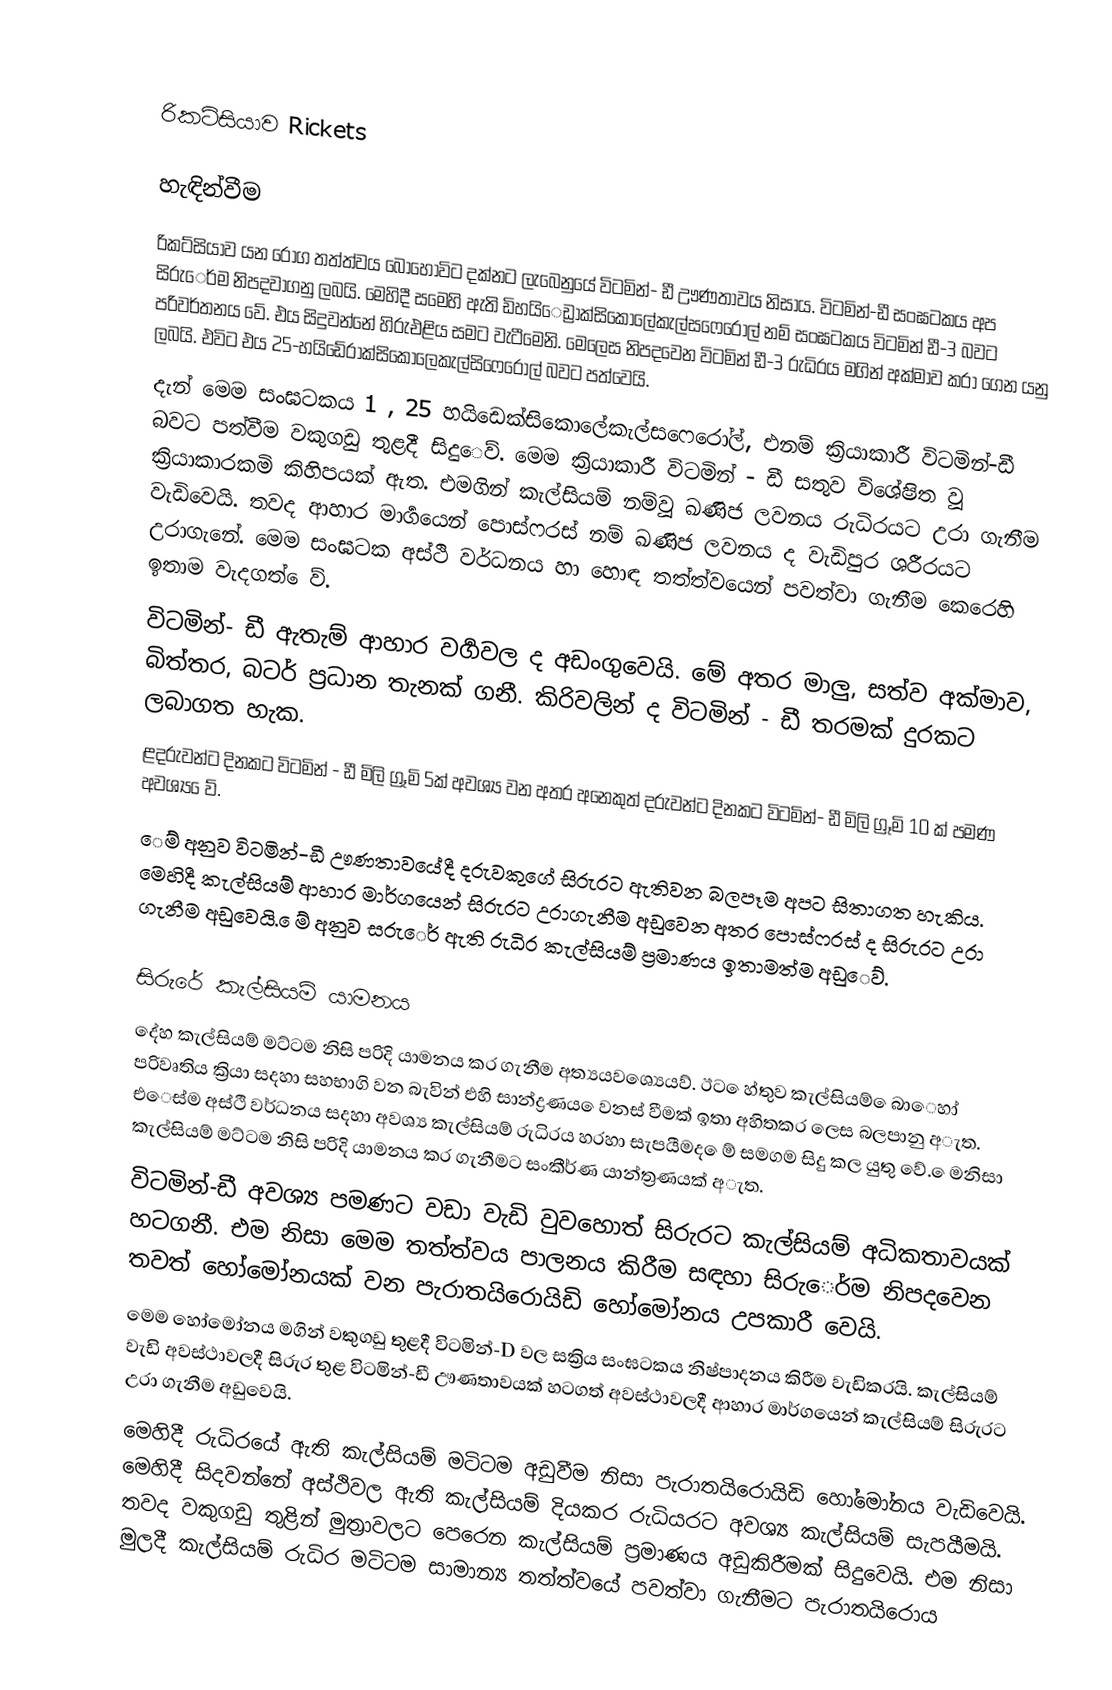

රිකටිසියාව Rickets

හැඳින්වීම
රිකට්සියාව යන රෝග තත්ත්වය බොහෝවිට දක්නට ලැබෙනුයේ විටමින්- ඩී ඌණතාවය නිසාය. විටමින්-ඩී සංඝටකය අප සිරු‍ෙර්ම නිපදවාගනු ලබයි. මෙහිදී සමෙහි ඇති ඩිහයි‍ෙඩ්‍රාක්සි‍කොලේකැල්සෆෙරෝල් නම් සංඝටකය විටමින් ඩී-3 බවට පරිවර්තනය වේ.  එය සිදුවන්නේ හිරුඑළිය සමට වැටීමෙනි.  මෙලෙස නිපදවෙන විටමින් ඩී-3 රුධිරය මගින් අක්මාව කරා ගෙන යනු ලබයි.  එවිට එය 25-හයිඩේ‍රාක්සිකොලෙකැල්සිෆෙරොල් බවට පත්වෙයි.
දැන් මෙම සංඝටකය 1 , 25 හයිඩෙක්සිකොලේකැල්සෆෙරෝල්, එනම් ක්‍රියාකාරී විටමින්-ඩී බවට පත්වීම වකුගඩු තුළදී සිදු‍ෙව්. මෙම ක්‍රියාකාරී විටමින් - ඩී සතුව විශේෂිත වූ ක්‍රියාකාරකමි කිහිපයක් ඇත. එමගින් කැල්සියම් නම්වූ ඛණිජ ලවනය රුධිරයට උරා ගැනීම වැඩිවෙයි.  තවද ආහාර මාර්‍ගයෙන් පොස්ෆරස් නම් ඛණිජ ලවනය ද වැඩිපුර ශරීරයට උරාගැනේ. මෙම සංඝටක අස්ථි වර්ධනය හා හොඳ තත්ත්වයෙන් පවත්වා ගැනීම කෙරෙහි ඉතාම වැදගත් ‍ෙව්.
විටමින්- ඩී ඇතැම් ආහාර වර්‍ගවල ද අඩංගුවෙයි.  ‍මේ අතර මාලු, සත්ව අක්මාව, බිත්තර, බටර් ප්‍රධාන තැනක් ගනී.   කිරිවලින් ද විටමින් - ඩී තරමක් දුරකට ලබාගත හැක.
ළදරුවන්ට දිනකට විටමින් - ඩී මිලි ග්‍රූමි 5ක් අවශ්‍ය වන අතර අනෙකුත්  දරුවන්ට දිනකට විටමින්- ඩී මිලි ග්‍රූමි 10 ක් පමණ අවශ්‍ය ‍ෙව්.
ෙම්‍ අනුව විටමින්-ඩී ඌණතාවයේදී දරුවකුගේ සිරුරට ඇතිවන බලපෑම අපට සිතාගත හැකිය.  මෙහිදී කැල්සියම් ආහාර මාර්ගයෙන් සිරුරට උරාගැනීම අඩුවෙන අතර පොස්ෆරස් ද සිරුරට උරා ගැනීම  අඩුවෙයි.  ‍ෙම් අනුව සරු‍ෙර් ඇති රුධිර කැල්සියම් ප්‍රමාණය ඉතාමත්ම අඩු‍ෙව්.

සිරුරේ කැල්සියම් යාමනය
දේහ කැල්සියම් මට්ටම නිසි පරිදි යාමනය කර ගැනීම අත්‍යයවශ්‍යෙයව්. ඊට ෙහ්තුව කැල්සියම් ෙබාෙහා් පරිවෘතිය ක්‍රියා සදහා සහභාගි වන බැවින් එහි සාන්ද්‍රණය ෙවනස් වීමක් ඉතා අහිතකර ලෙස බලපානු අැත. එෙස්ම අස්ථි වර්ධනය සදහා අවශ්‍ය කැල්සියම් රුධිරය හරහා සැපයීමද ෙම් සමගම සිදු කල යුතු වේ. ෙමනිසා කැල්සියම් මට්ටම නිසි පරිදි යාමනය කර ගැනීමට සංකීර්ණ යාන්ත්‍රණයක් අැත.
විටමින්-ඩී අවශ්‍ය පමණට වඩා වැඩි වුවහොත් සිරුරට කැල්සියම් අධිකතාවයක් හටගනී.  එම නිසා මෙම තත්ත්වය පාලනය කිරීම සඳහා සිරු‍ෙර්ම නිපදවෙන තවත් හෝමෝනයක් වන පැරාතයිරොයිඩි හෝමෝනය උපකාරී වෙයි.
මෙම හෝමෝනය මගින් වකුගඩු තුළදී විටමින්-D වල සක්‍රිය සංඝටකය නිෂ්පාදනය කිරීම වැඩිකරයි.  කැල්සියම් වැඩි අවස්ථාවලදී සිරුර තුළ විටමින්-ඩී ඌණතාවයක් හටගත් අවස්ථාවලදී ආහාර මාර්ගයෙන් කැල්සියම් සිරුරට උරා ගැනීම අඩුවෙයි.
මෙහිදී රුධිරයේ ඇති කැල්සියම් මටිටම අඩුවීම නිසා පැරාතයිරොයිඩි හෝමෝනය වැඩිවෙයි.  මෙහිදී සිදවන්නේ අස්ථිවල ඇති කැල්සියම් දියකර රුධියරට අවශ්‍ය කැල්සියම් සැපයීමයි.  තවද වකුගඩු තුළින් මුත්‍රාවලට පෙරෙන කැල්සියම් ප්‍රමාණය අඩුකිරීමක් සිදුවෙයි.  එම නිසා මුලදී කැල්සියම් රුධිර මටිටම සාමාන්‍ය තත්ත්වයේ පවත්වා ගැනීමට පැරාතයිරොය